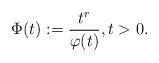
LaTeX: \begin{align*}\Phi(t) := \frac{t^r}{\varphi(t)}, t>0.\end{align*}